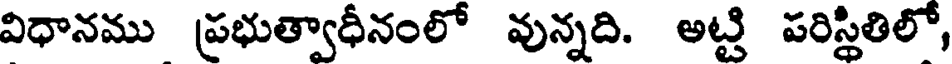
విధానము ప్రభుత్వాధీనంలో వున్నది. అట్టి పరిస్థితిలో,